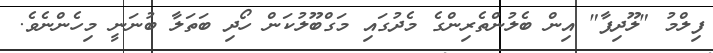
ފިލްމު "ލޫދިފާ" އިން ބެލުންތެރިންގެ މެދުގައި މަގްބޫލުކަން ހޯދި ބަތަލާ ބުނަނީ މިހެންނެވެ.